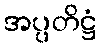
အပ္ပတိဋ္ဌံ